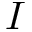
\boldsymbol { I }